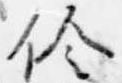
伶